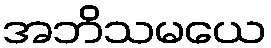
အဘိသမယေ